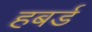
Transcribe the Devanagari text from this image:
हबर्ड